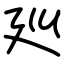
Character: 廵